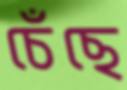
চেঁছে